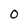
Character: 0